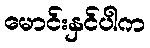
မောင်းနှင်ပါက